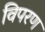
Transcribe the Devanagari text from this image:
विपरण